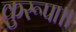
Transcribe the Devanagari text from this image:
कुरूपा।।